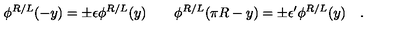
\phi ^ { R / L } ( - y ) = \pm \epsilon \phi ^ { R / L } ( y ) \qquad \phi ^ { R / L } ( \pi R - y ) = \pm \epsilon ^ { \prime } \phi ^ { R / L } ( y ) \quad .